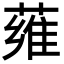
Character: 䔨